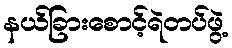
နယ်ခြားစောင့်ရဲတပ်ဖွဲ့